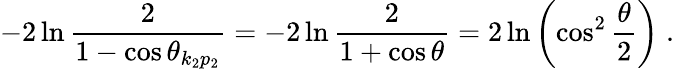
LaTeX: -2\ln\frac{2}{1-\cos\theta_{k_{2}p_{2}}}=-2\ln\frac{2}{1+\cos\theta}=2\ln\left(\cos^{2}\frac{\theta}{2}\right)\; .